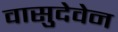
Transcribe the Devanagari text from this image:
वासुदेवेन